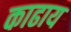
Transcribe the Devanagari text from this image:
काढाय